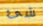
شئ